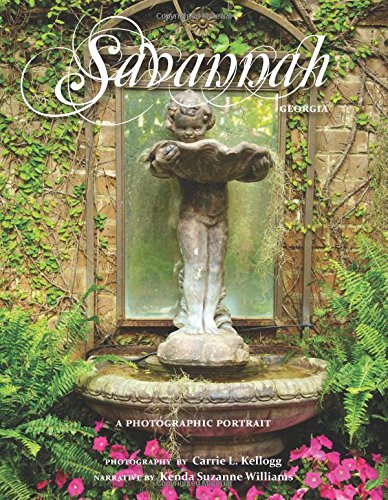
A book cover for Savannah, Georgia: A Photographic Portrait; Carrie L. Kellogg; Travel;